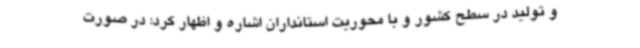
و تولید در سطح کشور و با محوریت استانداران اشاره و اظهار کرد: در صورت